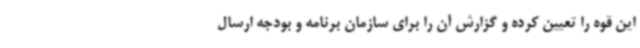
این قوه را تعیین کرده و گزارش آن را برای سازمان برنامه و بودجه ارسال